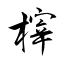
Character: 榟